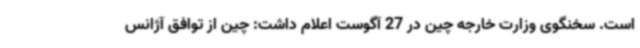
است. سخنگوی وزارت خارجه چین در 27 آگوست اعلام داشت: چین از توافق آژانس